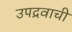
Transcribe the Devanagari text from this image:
उपद्रवाची